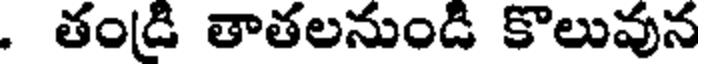
. తండి తాతలనుండి కొలువున